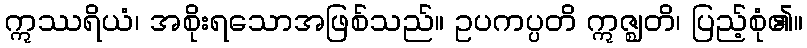
ဣဿရိယံ၊ အစိုးရသောအဖြစ်သည်။ ဥပကပ္ပတိ ဣဇ္ဈတိ၊ ပြည့်စုံ၏။